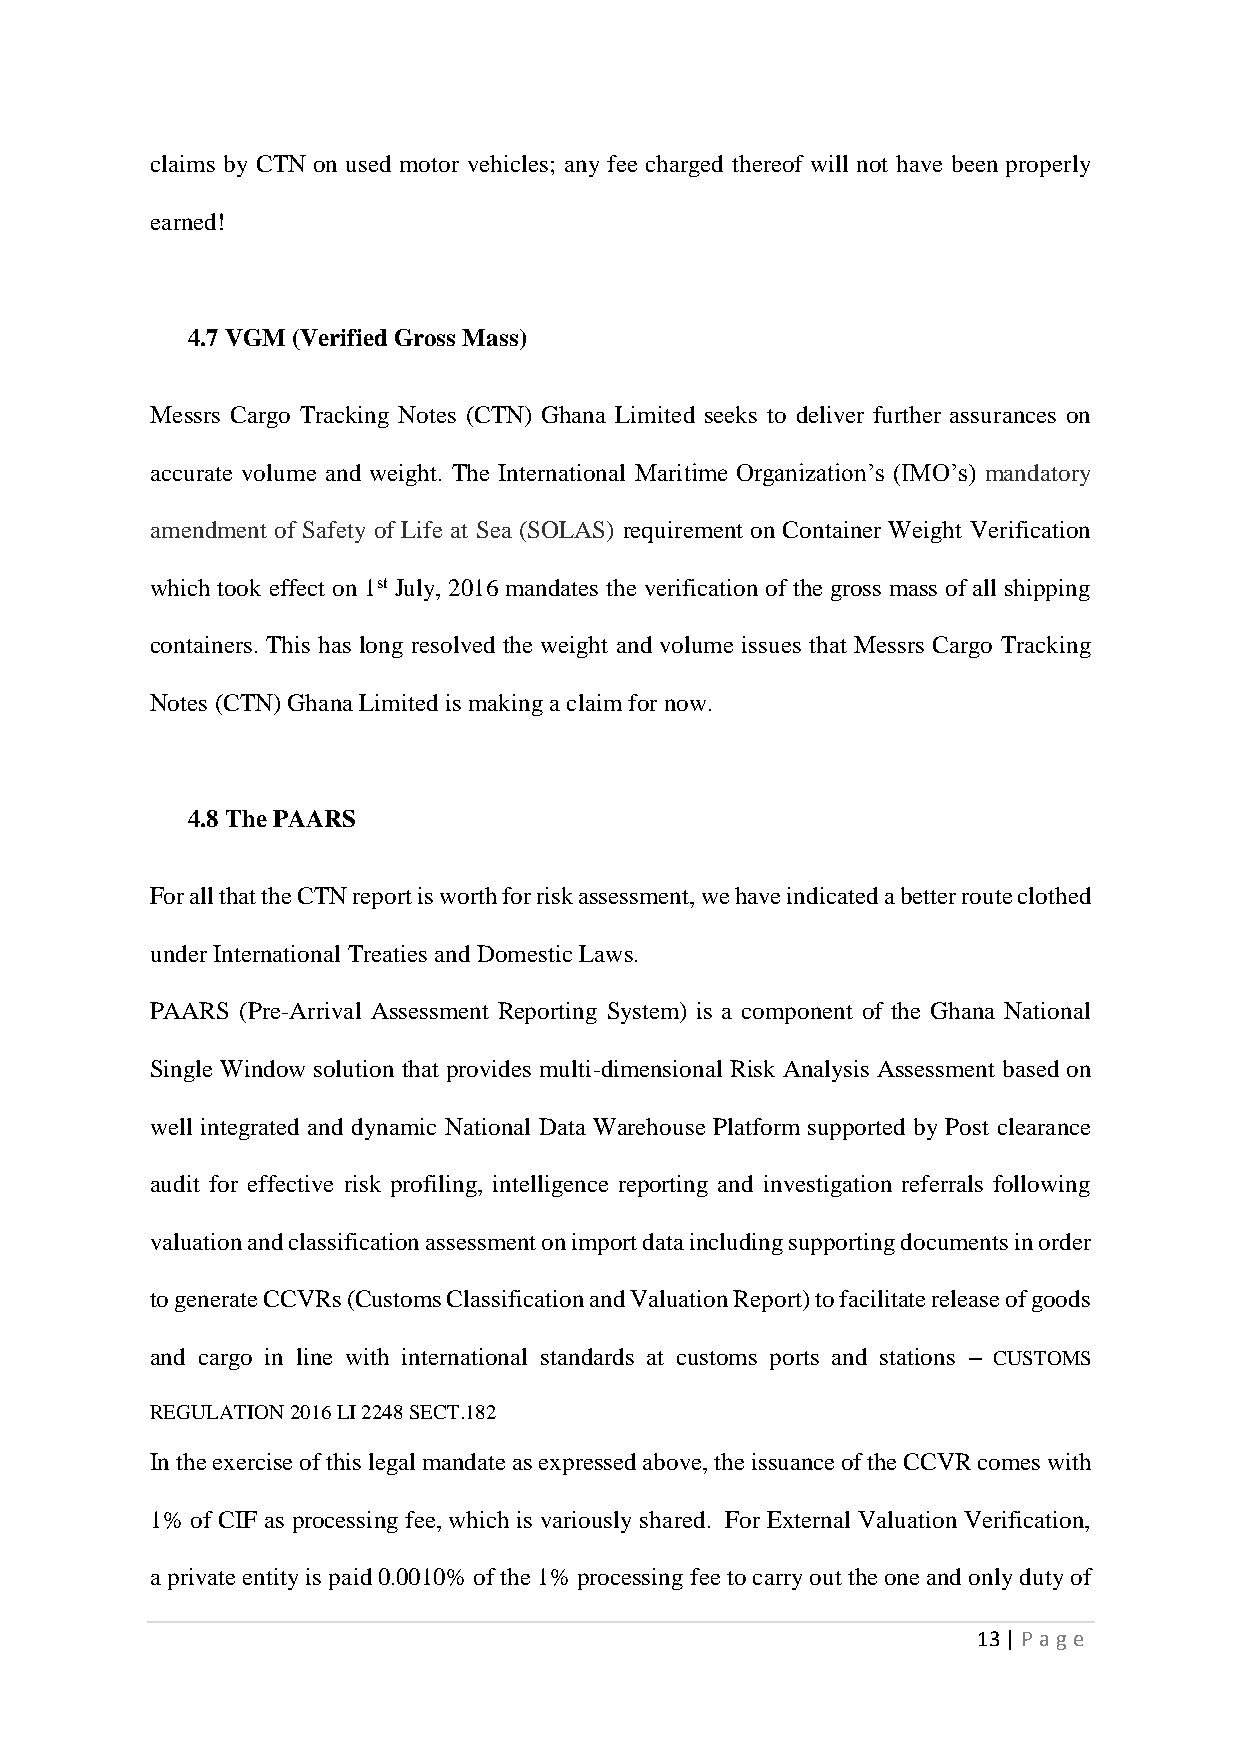
claims by CTN on used motor vehicles; any fee charged thereof will not have been properly
 earned!
 4.7 VGM (Verified Gross Mass)
 Messrs Cargo Tracking Notes (CTN) Ghana Limited seeks to deliver further assurances on
 accurate volume and weight. The International Maritime Organization’s (IMO’s) mandatory
 amendment of Safety of Life at Sea (SOLAS) requirement on Container Weight Verification
 which took effect on 1st July, 2016 mandates the verification of the gross mass of all shipping
 containers. This has long resolved the weight and volume issues that Messrs Cargo Tracking
 Notes (CTN) Ghana Limited is making a claim for now.
 4.8 The PAARS
 For all that the CTN report is worth for risk assessment, we have indicated a better route clothed
 under International Treaties and Domestic Laws.
 PAARS (Pre-Arrival Assessment Reporting System) is a component of the Ghana National
 Single Window solution that provides multi-dimensional Risk Analysis Assessment based on
 well integrated and dynamic National Data Warehouse Platform supported by Post clearance
 audit for effective risk profiling, intelligence reporting and investigation referrals following
 valuation and classification assessment on import data including supporting documents in order
 to generate CCVRs (Customs Classification and Valuation Report) to facilitate release of goods
 and cargo in line with international standards at customs ports and stations – CUSTOMS
 REGULATION 2016 LI 2248 SECT.182
 In the exercise of this legal mandate as expressed above, the issuance of the CCVR comes with
 1% of CIF as processing fee, which is variously shared. For External Valuation Verification,
 a private entity is paid 0.0010% of the 1% processing fee to carry out the one and only duty of
 13 | Page